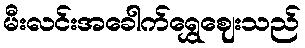
မီးလင်းအခေါက်ရွှေဈေးသည်